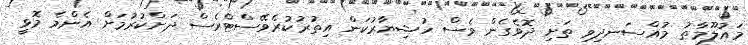
މައުލޫމާތު މުއްސަނދިވި ތަށި ދޮވެގެން ވެސް ހުޝިޔާރުކަން އިތުރުކުރެވޭސްޓްރެސް ދަށްކުރުމަށް އެންމެ މޮޅީ